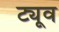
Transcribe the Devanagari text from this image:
ट्यूव